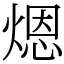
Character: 煾